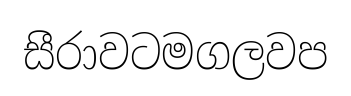
සීරාවටමගලවප